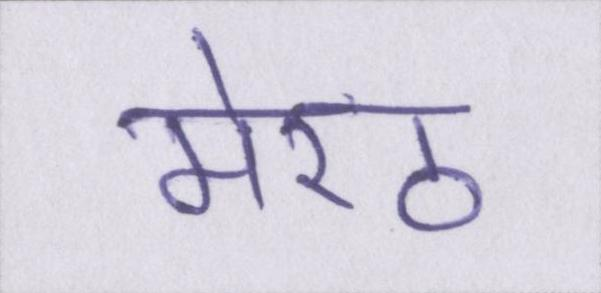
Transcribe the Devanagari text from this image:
मेरठ